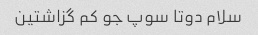
سلام دوتا سوپ جو کم گزاشتین